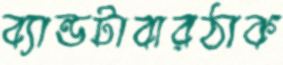
ব্যান্ডটাবারঠাক